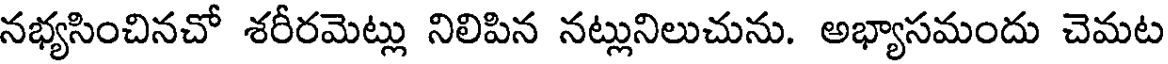
నభ్యసించినచో శరీరమెట్లు నిలిపిన నట్లునిలుచును. అభ్యాసమందు చెమట